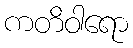
ကတိဝါရော